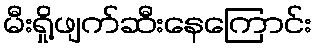
မီးရှို့ဖျက်ဆီးနေကြောင်း